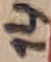
Text: 14